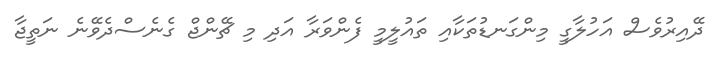
ދޭއިރުވެސް އަހުލާގީ މިންގަނޑުތަކާއި ތައުލީމީ ފެންވަރާ އަދި މި ޗޭންޖް ގެނެސްދެވޭނެ ނަތީޖާ